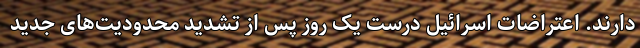
دارند. اعتراضات اسرائیل درست یک روز پس از تشدید محدودیت‌های جدید